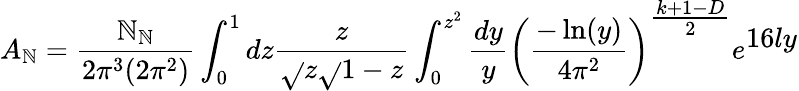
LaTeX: A_{\mathbb{N}}=\frac{{{\cal\mathbb{N}}_{\mathbb{N}}}}{{2\pi^{3}(2\pi^{2})}}\int_{0}^{1}dz\frac{{z}}{{\sqrt{}{{z}}\sqrt{}{{1-z}}}}\int_{0}^{z^{2}}\frac{{dy}}{{y}}\left(\frac{{-\ln(y)}}{{4\pi^{2}}}\right)^{{\textstyle{\frac{{k+1-D}}{{2}}}}}e^{{\textstyle16ly}}